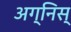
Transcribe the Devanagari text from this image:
अग्निस्